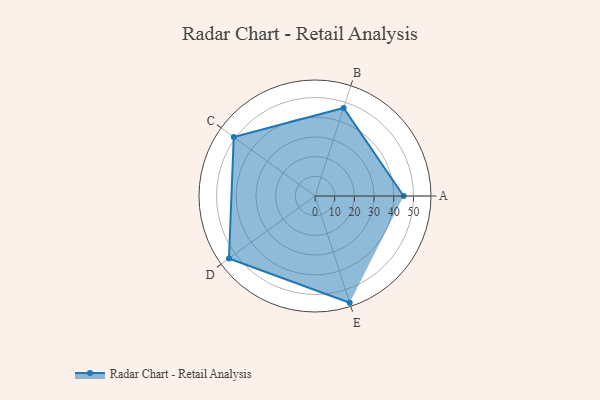
{"axis": {"x": "Skill", "y": "Score"}, "legend": ["Profile"], "data": [{"x": "A", "y": 45.0, "type": "Profile"}, {"x": "B", "y": 47.0, "type": "Profile"}, {"x": "C", "y": 51.0, "type": "Profile"}, {"x": "D", "y": 54.0, "type": "Profile"}, {"x": "E", "y": 57.0, "type": "Profile"}]}